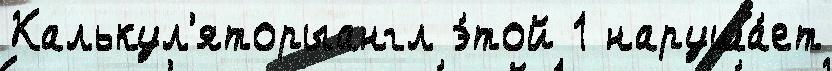
Калькул'яторыангл э́той 1 наруша́ет